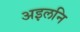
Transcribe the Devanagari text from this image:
अइलनि